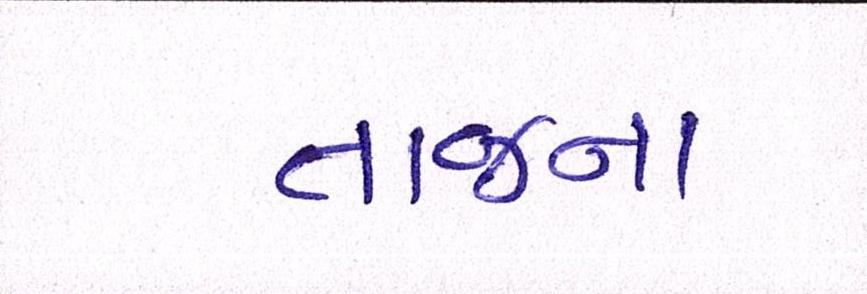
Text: તાજના